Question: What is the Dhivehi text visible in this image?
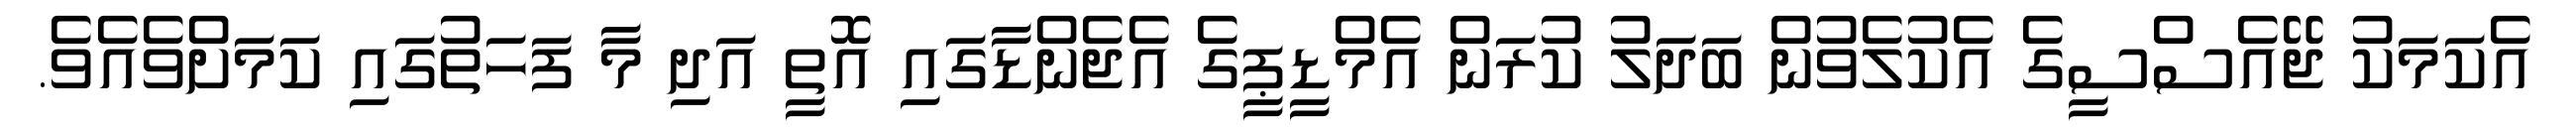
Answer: އެކަމަކު ޖޭއެސްސީގެ އެކުލެވުން ބަދަލު ކުރަން އެމްޑީޕީގެ އެޖެންޑާގައި އޮތީ އަދި މާ ފަހަތުގައި ކަމަށްވެއެވެ.